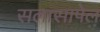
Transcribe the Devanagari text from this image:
सलासापेल